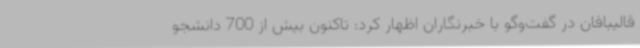
قالیبافان در گفت‌وگو با خبرنگاران اظهار کرد: تاکنون بیش از 700 دانشجو